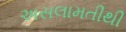
અસલામતીથી